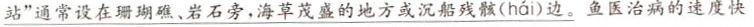
\underline{站”通常设在珊瑚礁、岩石旁，海草茂盛的地方或沉船残骸( hái )边。鱼医治病的速度快}